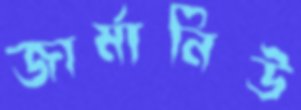
জার্মানিউ